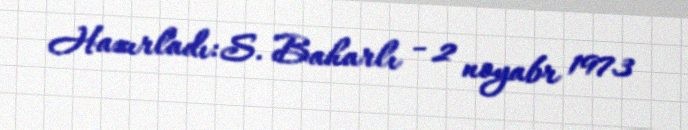
Hazırladı: S. Baharlı - 2 noyabr 1973